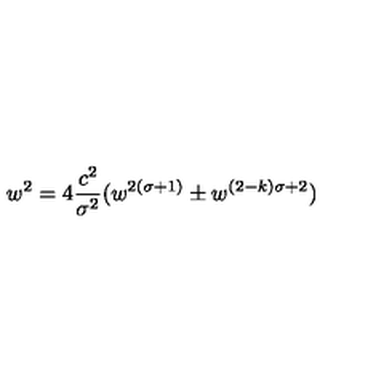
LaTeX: w ^ { 2 } = 4 { \frac { c ^ { 2 } } { \sigma ^ { 2 } } } ( w ^ { 2 ( \sigma + 1 ) } \pm w ^ { ( 2 - k ) \sigma + 2 } )